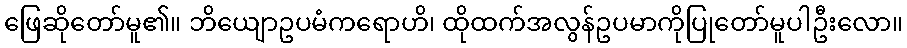
ဖြေဆိုတော်မူ၏။ ဘိယျောဥပမံကရောဟိ၊ ထိုထက်အလွန်ဥပမာကိုပြုတော်မူပါဦးလော။